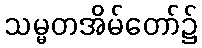
သမ္မတအိမ်တော်၌